Leaving Certificate Examination, 1925
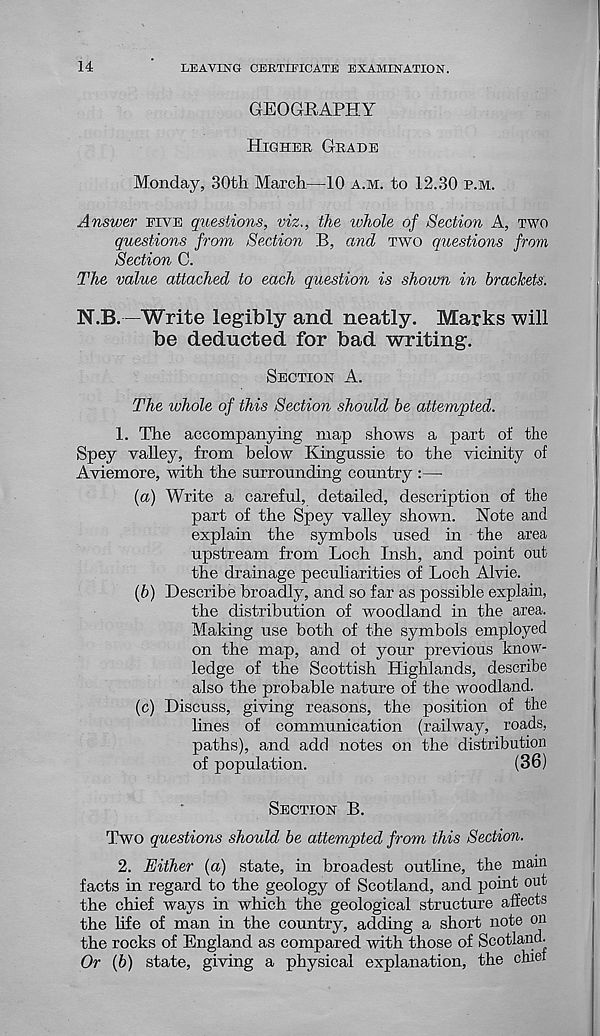
14
LEAVING CERTIFICATE EXAMINATION.
GEOGRAPHY
HIGHER GRADE
Monday, 30th March—10 A.M. to 12.30 E.M.
Answer FIVE questions, viz., the ivhole of Section A, TWO
questions from Section B, and TWO questions from
Section C.
The value attached to each question is shown in brackets.
N.B. —Write legibly and neatly. Marks will
be deducted for bad writing.
SECTION A.
The whole of this Section should be attempted.
1. The accompanying map shows a part of the
Spey valley, from below Kingussie to the vicinity of
Aviemore, with the surrounding country :—
(a) Write a careful, detailed, description of the
part of the Spey valley shown. Note and
explain the symbols used in the area
upstream from Loch Insh, and point out
the drainage peculiarities of Loch Alvie.
(b) Describe broadly, and so far as possible explain,
the distribution of woodland in the area.
Making use both of the symbols employed
on the map, and of your previous know-
ledge of the Scottish Highlands, describe
also the probable nature of the woodland.
(c) Discuss, giving reasons, the position of the
lines of communication (railway, roads,
paths), and add notes on the distribution
of population.
(36)
SECTION B.
Two questions should be attempted from this Section.
2. Either (a) state, in broadest outline, the main
facts in regard to the geology of Scotland, and point out
the chief ways in which the geological structure affects
the life of man in the country, adding a short note on
the rocks of England as compared with those of Scotland.
Or (b) state, giving a physical explanation, the chief